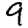
Digit: 9